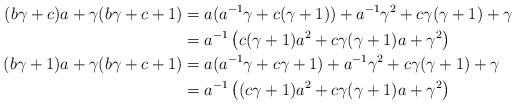
LaTeX: \begin{align*}(b\gamma+c)a+\gamma(b\gamma+c+1)&=a(a^{-1}\gamma+c(\gamma+1))+a^{-1}\gamma^2+c\gamma(\gamma+1)+\gamma\\&=a^{-1}\left(c(\gamma+1)a^2+c\gamma(\gamma+1)a+\gamma^2\right)\\(b\gamma+1)a+\gamma(b\gamma+c+1)&=a(a^{-1}\gamma+c\gamma+1)+a^{-1}\gamma^2+c\gamma(\gamma+1)+\gamma\\&=a^{-1}\left((c\gamma+1)a^2+c\gamma(\gamma+1)a+\gamma^2\right)\end{align*}